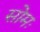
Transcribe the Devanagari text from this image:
सोमः